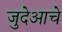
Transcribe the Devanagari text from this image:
जुदेआचे